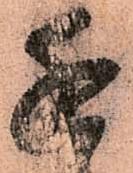
近